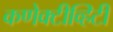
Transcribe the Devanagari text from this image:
कणेक्टीव्हिटी